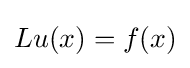
Lu(x)=f(x)